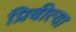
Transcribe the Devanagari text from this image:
प्रिबीत्या